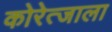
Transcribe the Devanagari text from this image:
कोरेत्जाला